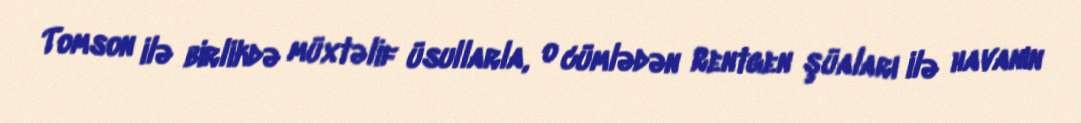
Tomson ilə birlikdə müxtəlif üsullarla, o cümlədən Rentgen şüaları ilə havanın